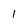
Character: l